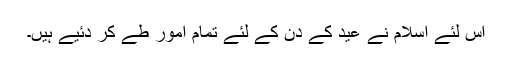
اس لئے اسلام نے عید کے دن کے لئے تمام امور طے کر دئیے ہیں۔